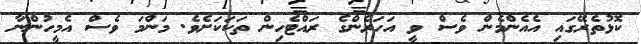
ކޮޅުތެރޭގައި އެއެންމެން ވެސް ވީ އަހަރެންގެ ރައްޓެހިން ތަކަކަށެވެ. މަންމަ ވެސް އެމީހުންނާ